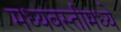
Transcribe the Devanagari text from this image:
मध्यवस्तीमध्ये